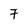
Character: 7